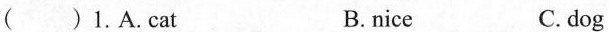
( )1.A.cat B.nice C.dog